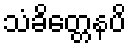
သံခိတ္တေနပိ